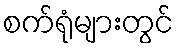
စက်ရုံများတွင်